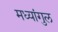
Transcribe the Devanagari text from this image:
मध्यांगुल